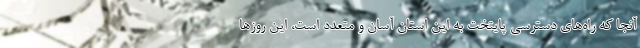
آنجا که راه‌های دسترسی پایتخت به این استان آسان و متعدد است، این روزها